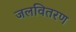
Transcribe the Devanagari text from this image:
जलवितरण